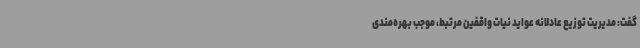
گفت: مدیریت توزیع عادلانه عواید نیات واقفین مرتبط، موجب بهره‌مندی